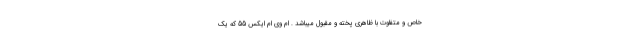
خاص و متفاوت با ظاهری پخته و مقبول میباشد . ام وی ام ایکس 55 که یک